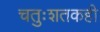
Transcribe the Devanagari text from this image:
चतुःशतकही